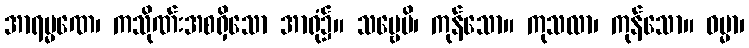
အာရမ္မဏေ၊ ကသိုဏ်းအစရှိသော အာရုံ၌။ သဗ္ဗေပိ၊ ကုန်သော။ ကုသလာ၊ ကုန်သော။ ဓမ္မာ၊